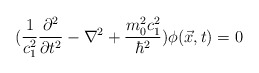
\begin{align*}(\frac{1}{c_{1}^{2}}\frac{\partial^2}{\partial t^{2}}-\nabla^{2}+\frac{m_{0}^{2}c_{1}^2}{\hbar^2})\phi(\vec{x},t)=0\end{align*}